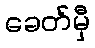
ခေတ်မှီ